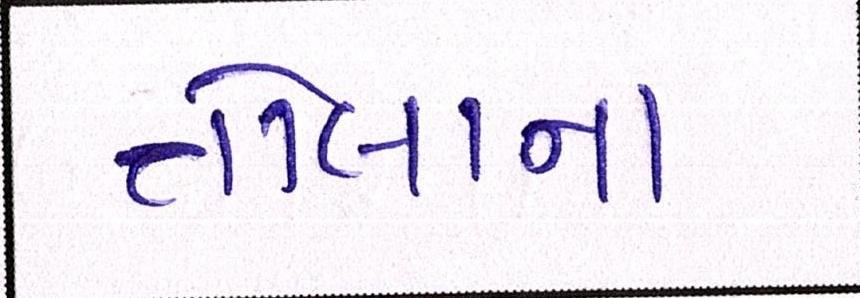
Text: તોલાના